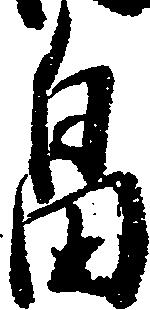
畠